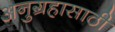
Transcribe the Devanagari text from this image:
अनुग्रहासाठी